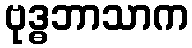
ဗုဒ္ဓဘာသာက